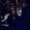
فانج